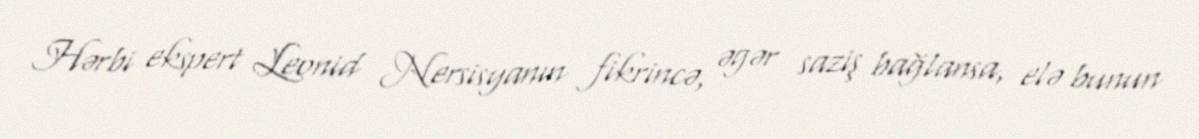
Hərbi ekspert Leonid Nersisyanın fikrincə, əgər saziş bağlansa, elə bunun